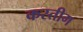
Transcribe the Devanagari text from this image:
कस्तीग